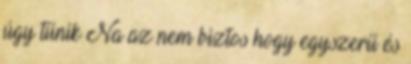
úgy tűnik Na az nem biztos hogy egyszerű és